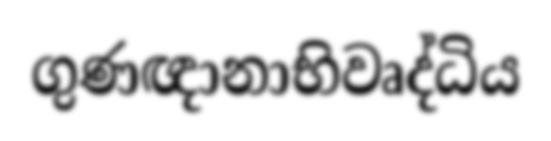
ගුණඥානාභිවෘද්ධිය